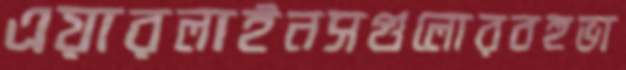
এয়ারলাইনসগুলোরবহুভা